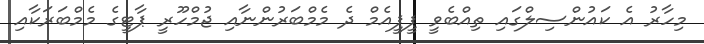
މިހާރު އެ ކައުންސިލްގައި ތިއްބެވީ ޕީޕީއެމް ދެ މެމްބަރުންނާއި ޖުމްހޫރީ ޕާޓީގެ މެމްބަރަކާއި